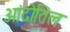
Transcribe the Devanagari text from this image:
आंदोतिल